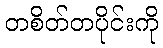
တစိတ်တပိုင်းကို